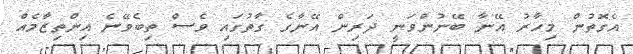
އެގޮތުން މިހާރު އޭނާ ބޭނުންވަނީ ދަރިން އޭނާގެ ގާތުގައި ވެސް ތިބެވޭނެ އިންތިޒާމެއް